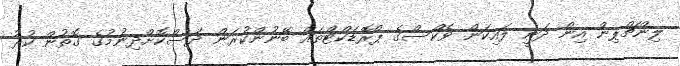
ލިންޗްޕިން އިން ދަނީ ލައިކަން ވެކްސްގެ ޕްރޮޑަކްޓްތައް ބޭނުންކުރަން ދަސްކޮށްދިނުމުގެ ގޮތުން ކުރު